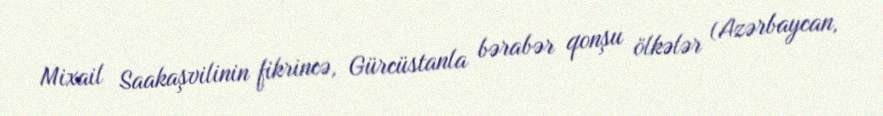
Mixail Saakaşvilinin fikrincə, Gürcüstanla bərabər qonşu ölkələr (Azərbaycan,